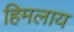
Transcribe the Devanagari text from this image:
हिमलाय